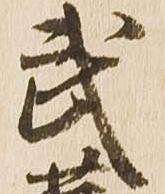
武